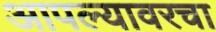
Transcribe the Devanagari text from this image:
आपल्यावरचा